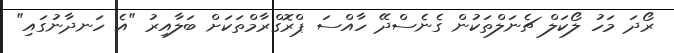
ރޯދަ މަހު ލޯކަލް ޗެނަލްތަކުން ގެނެސްދޭ ހާއްސަ ޕްރޮގްރާމްތަކަށް ބަލާއިރު "އެ ހަނދާނުގައި"